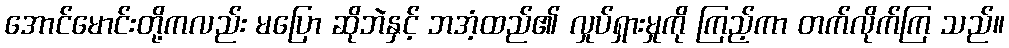
အောင်မောင်းတို့ကလည်း မပြော ဆိုဘဲနှင့် ဘအံ့ထည်၏ လှုပ်ရှားမှုကို ကြည့်ကာ တက်လိုက်ကြ သည်။